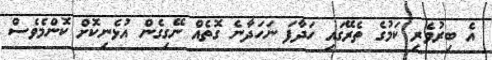
އެ ބިރުވެރި ކަމުގެ ތެރޭގައި ހަދާފަ ނަހަދާނެ ގޮތެއް ނޭގިގެން އުޅެނިކޮށް ކޮންމެވެސް